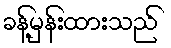
ခန့်မှန်းထားသည်